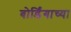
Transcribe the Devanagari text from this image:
बोर्डिंगाच्या